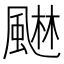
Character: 𮨭